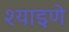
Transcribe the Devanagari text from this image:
श्याइणे